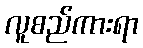
လူစည်ကားရာ